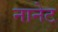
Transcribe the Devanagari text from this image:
नानेट